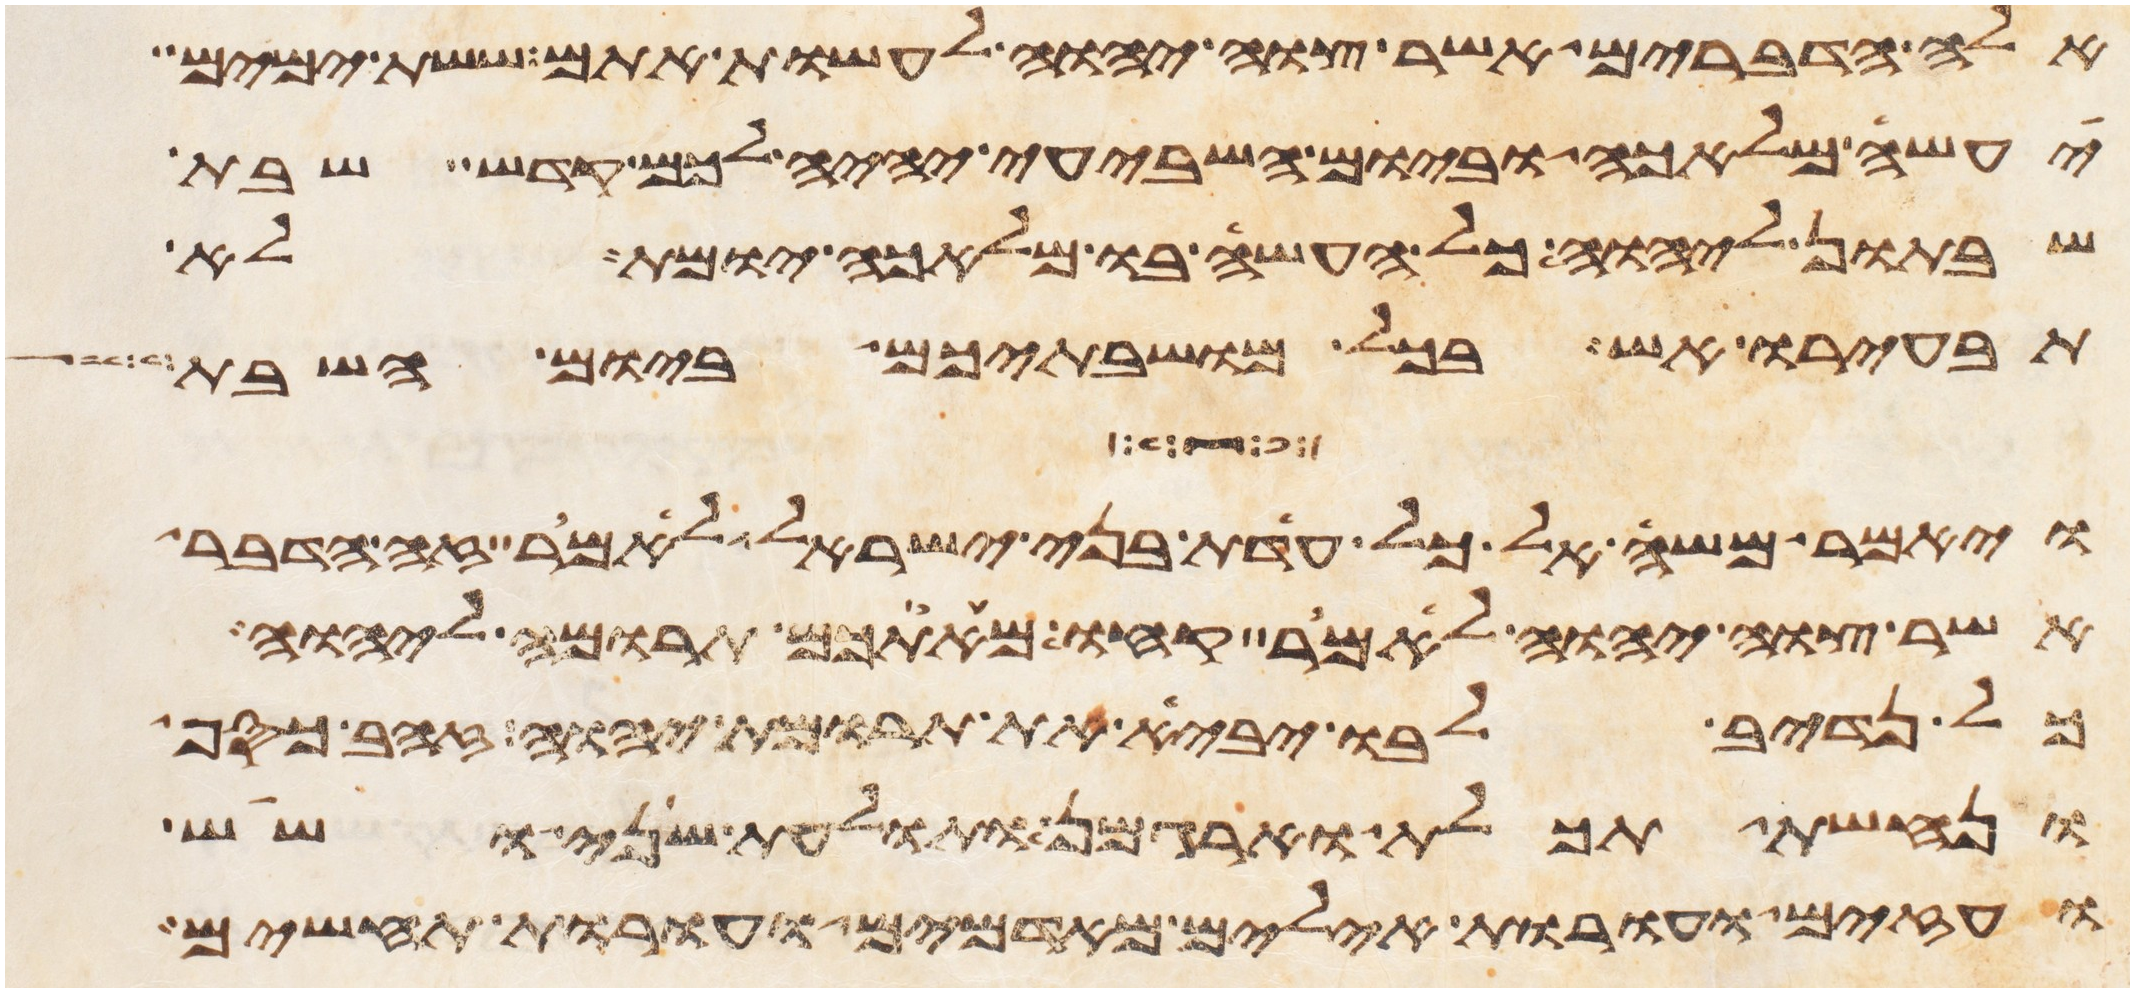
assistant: אלה הדברים אשר צוה יהוה לעשות אתם ששת ימים
יעשה מלאכה וביום השביעי יהיה לכם קדש שבת
שבתון ליהוה כל העשה בו מלאכה יומת לא
תבעירו אש בכל מושבתיכם ביום השבת
ויאמר משה אל כל עדת בני ישראל לאמר זה הדבר
אשר צוה יהוה לאמר קחו מאתכם תרומה ליהוה
כל נדיב לבו יביא את תרומת יהוה זהב כסף
ונחשת תכלת וארגמן ותולעת שני ושש
ועזים ועורות אילים מאדמים ועורות תחשים